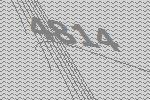
4814